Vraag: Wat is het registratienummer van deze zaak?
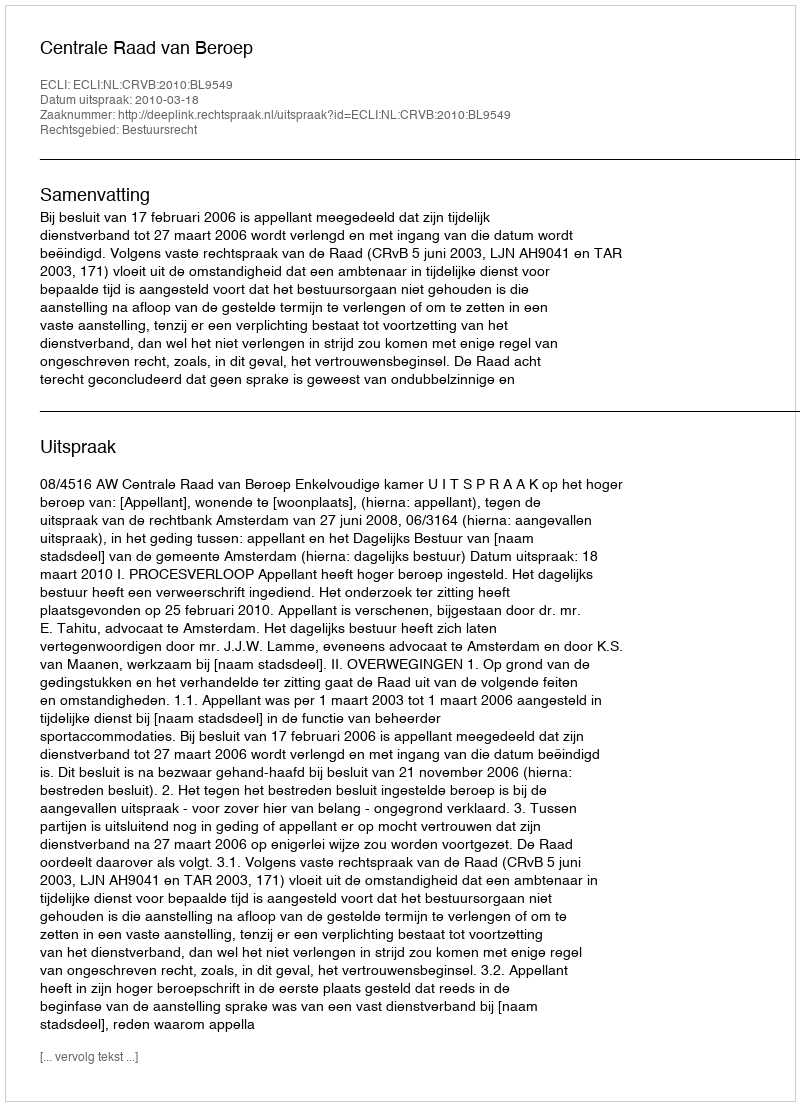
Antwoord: http://deeplink.rechtspraak.nl/uitspraak?id=ECLI:NL:CRVB:2010:BL9549